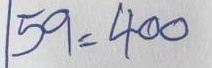
59 = 400